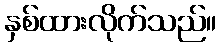
နှစ်ထားလိုက်သည်။